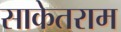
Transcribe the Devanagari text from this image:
साकेतराम